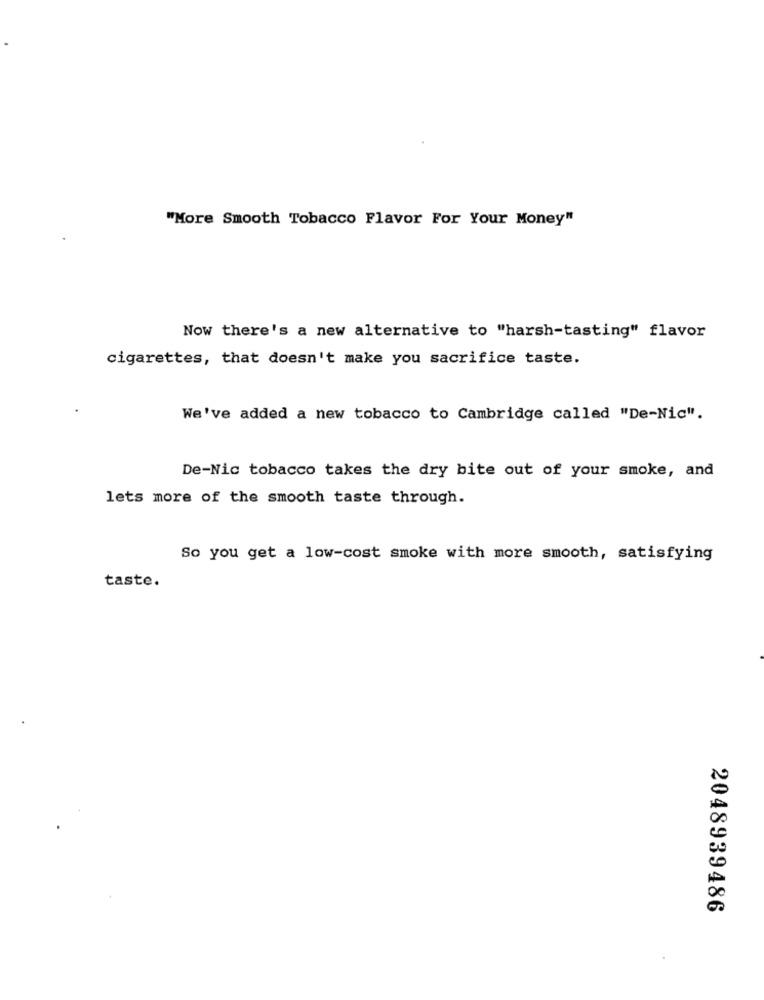
"More Smooth Tobacco Flavor For Your Money"
Now there's a new alternative to "harsh-tasting" flavor
cigarettes, that doesn't make you sacrifice taste.
We've added a new tobacco to Cambridge called "De-Nic".
De-Nic tobacco takes the dry bite out of your smoke, and
lets more of the smooth taste through.
So you get a low-cost smoke with more smooth, satisfying
taste.
2048939486